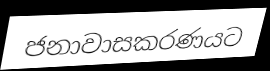
ජනාවාසකරණයට